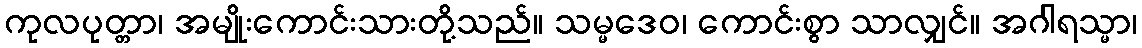
ကုလပုတ္တာ၊ အမျိုးကောင်းသားတို့သည်။ သမ္မဒေဝ၊ ကောင်းစွာ သာလျှင်။ အဂါရသ္မာ၊